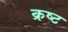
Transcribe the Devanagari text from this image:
क्रष्ट